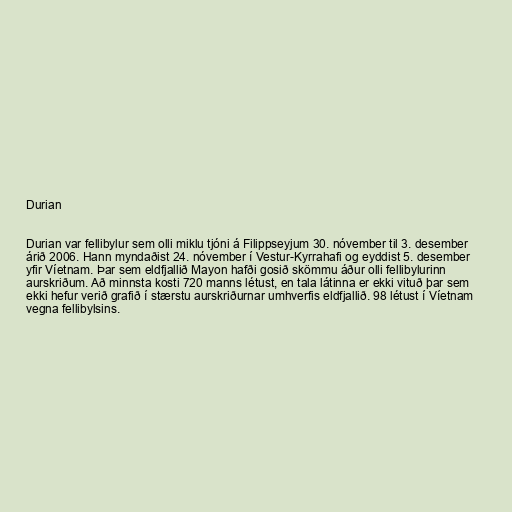
Durian

Durian var fellibylur sem olli miklu tjóni á Filippseyjum 30. nóvember til 3. desember
árið 2006. Hann myndaðist 24. nóvember í Vestur-Kyrrahafi og eyddist 5. desember
yfir Víetnam. Þar sem eldfjallið Mayon hafði gosið skömmu áður olli fellibylurinn
aurskriðum. Að minnsta kosti 720 manns létust, en tala látinna er ekki vituð þar sem
ekki hefur verið grafið í stærstu aurskriðurnar umhverfis eldfjallið. 98 létust í Víetnam
vegna fellibylsins.